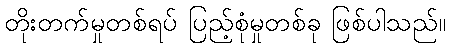
တိုးတက်မှုတစ်ရပ် ပြည့်စုံမှုတစ်ခု ဖြစ်ပါသည်။